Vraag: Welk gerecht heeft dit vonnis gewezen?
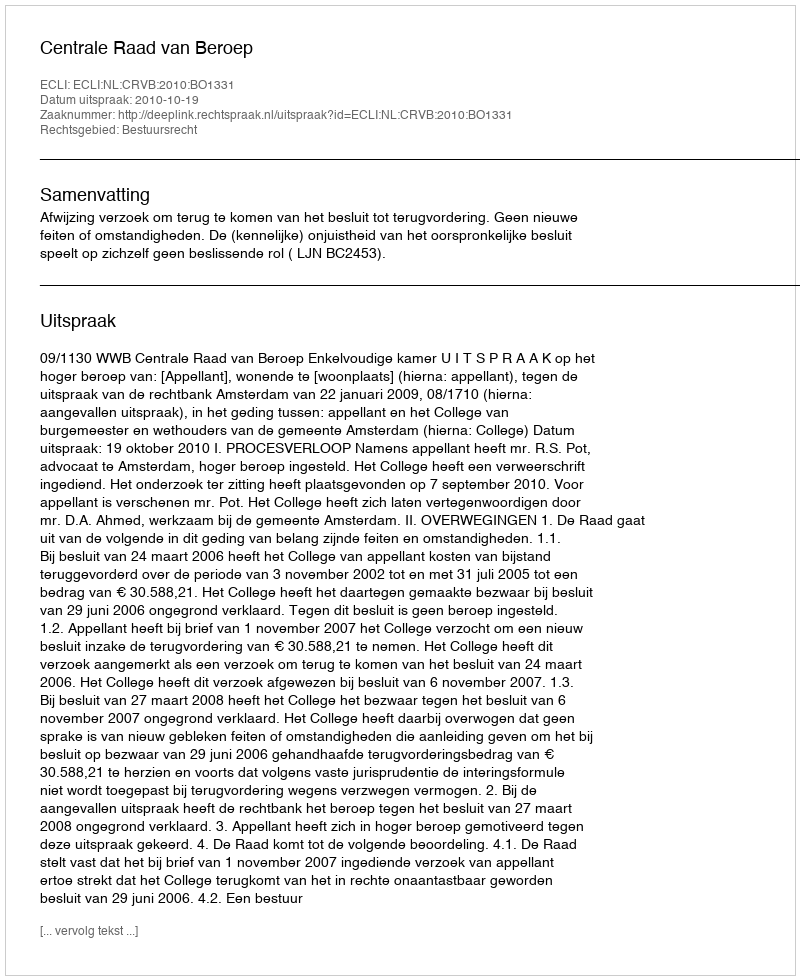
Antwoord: Centrale Raad van Beroep